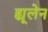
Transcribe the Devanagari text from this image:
ह्यूलेन